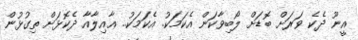
އީނޫ ދެކެ ވަރަށް ބޮޑަށް ލޯބިވާކަން އެކަމަކު. އެކަމަކު.. ޢާއިލާއާ ދެކޮޅަށް ތިގުޅުން